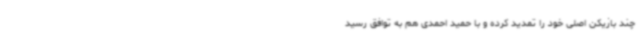
چند بازیکن اصلی خود را تمدید کرده و با حمید احمدی هم به توافق رسید